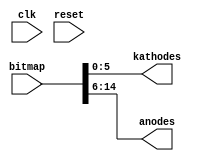
`timescale 1ns / 1ps
`default_nettype none

//////////////////////////////////////////////////////////////////////////////////
// Company: 
// Engineer: 
// 
// Design Name: 
// Module Name: bcd_controller
// Project Name: 
// Target Devices: 
// Tool Versions: 
// Description: 
// 
// Dependencies: 
// 
// Revision:
// Revision 0.01 - File Created
// Additional Comments:
// 
//////////////////////////////////////////////////////////////////////////////////


module bitmap_controller(
    input wire clk,
    input wire reset,
    input wire [14:0] bitmap,
    
    output wire [5:0] kathodes,
    output wire [8:0] anodes
    );
    
    assign kathodes = bitmap[5:0];
    assign anodes = bitmap[14:6];
    
endmodule